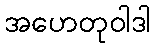
အဟေတုဝါဒါ